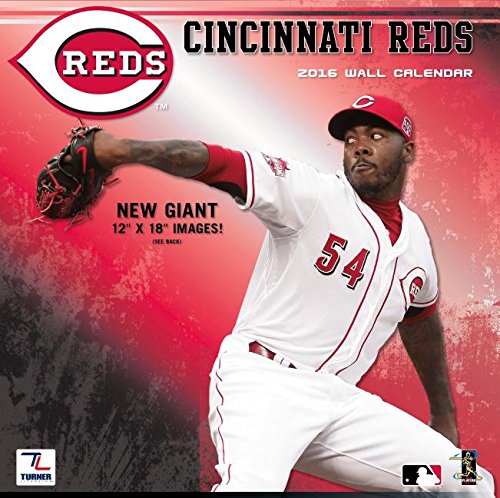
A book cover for Cincinnati Reds; Calendars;